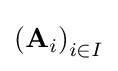
\left(\mathbf {A} _{i}\right)_{i\in I}